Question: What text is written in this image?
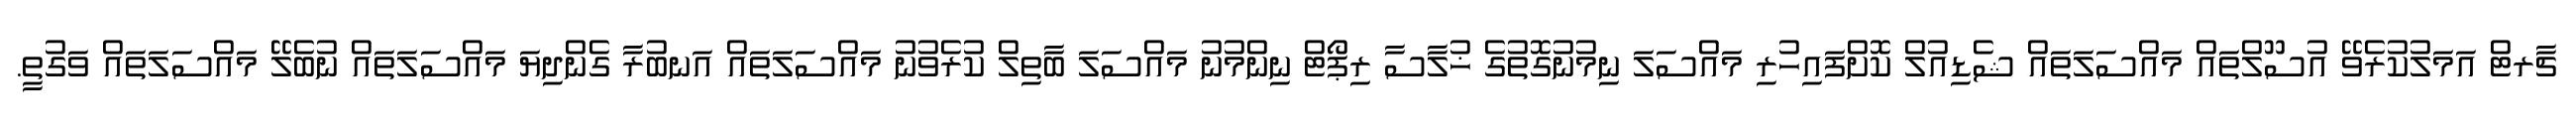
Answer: ޗާރޓް އަމަލުކުރެވޭ އުސޫލްތައް މައްސަލަތައް ޝެޑިއުލް ކޮށްފައިހުރި މައްސަލަ ނިމުނުގޮތުގެ ޚުލާސާ ރިޕޯޓް ނިންމުނު މައްސަލަ ބާތިލް ކުރެވުނު މައްސަލަތައް އަނބުރާ ގެންދިޔަ މައްސަލަތައް ނުބެލޭ މައްސަލަތައް ވަގުތީ.